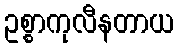
ဥစ္စာကုလီနတာယ